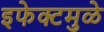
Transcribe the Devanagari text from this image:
इफेक्टमुळे